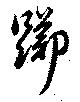
躑